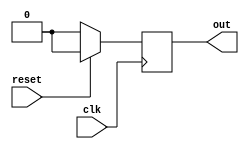
module synchronous_element(
    input wire clk,
    input wire reset,
    // other input ports
    output reg out
);

// Declare variables
reg internal_state;

// Always block triggered on the positive edge of the clock
always @(posedge clk) begin
    if (reset) begin
        // Reset logic here
        internal_state <= 0;
    end else begin
        // Sequential logic here
        internal_state <= next_state;
    end
end

assign out = internal_state;

endmodule